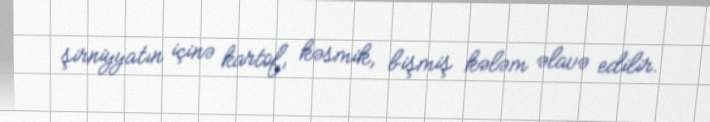
şirniyyatın içinə kartof, kəsmik, bişmiş kələm əlavə edilir.